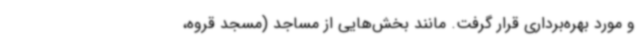
و مورد بهره‌برداری قرار گرفت. مانند بخش‌هایی از مساجد (مسجد قروه،